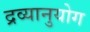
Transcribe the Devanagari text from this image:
द्रव्यानुयोग